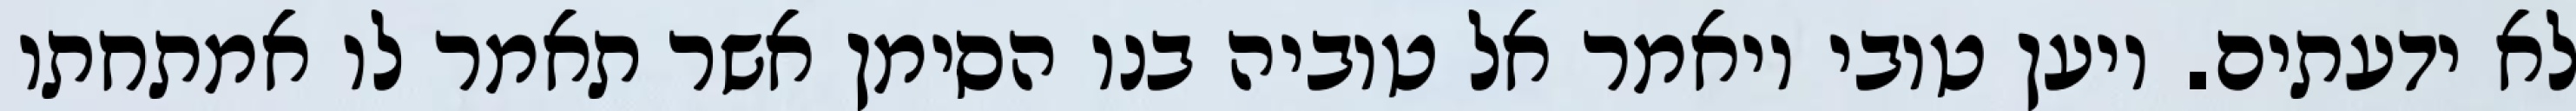
לא ידעתים. ויען טובי ויאמר אל טוביה בנו הסימן אשר תאמר לו אמתחתו